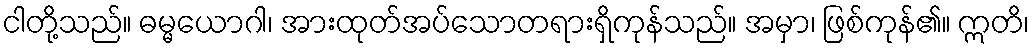
ငါတို့သည်။ ဓမ္မယောဂါ၊ အားထုတ်အပ်သောတရားရှိကုန်သည်။ အမှာ၊ ဖြစ်ကုန်၏။ ဣတိ၊